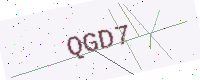
Text: QGD7